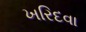
ખરિદવા